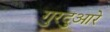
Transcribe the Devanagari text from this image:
गुरदुआरे